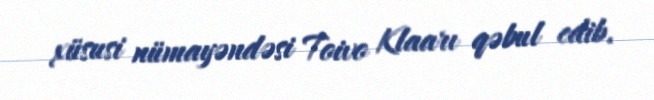
xüsusi nümayəndəsi Toivo Klaarı qəbul edib.